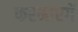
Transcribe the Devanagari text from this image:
फरमाएगें